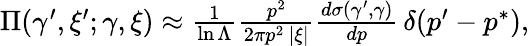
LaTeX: \begin{array}{r}{\Pi(\gamma^{\prime},\xi^{\prime};\gamma,\xi)\approx\frac 1{\ln\Lambda}\frac{p^{2}}{2\pi p^{2}\, |\xi|}\frac{d\sigma(\gamma^{\prime},\gamma)}{dp}\, \delta(p^{\prime}-p^{*}),}\end{array}